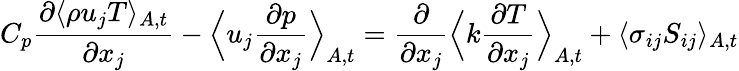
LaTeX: C_{p}\frac{\partial\langle\rho u_{j}T\rangle_{A,t}}{\partial x_{j}}-\Big\langle u_{j}\frac{\partial p}{\partial x_{j}}\Big\rangle_{A,t}=\frac{\partial}{\partial x_{j}}\Big\langle k\frac{\partial T}{\partial x_{j}}\Big\rangle_{A,t}+\langle\sigma_{ij}S_{ij}\rangle_{A,t}